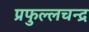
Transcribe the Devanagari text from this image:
प्रफुल्लचन्द्र